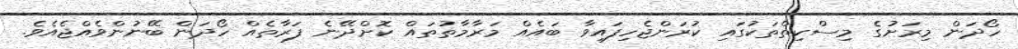
ހޯދަން މިރަށުގެ މިސްކިތްތަކުގައި ކުރަންޖެހިފައިވާ ބައެއް މަރާމާތުތައް ކޮށްދޭނެ ފަރާތެއް ހޯދަން ބޭނުންވެއްޖެއެވެ.